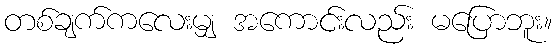
တစ်ချက်ကလေးမျှ အကောင်းလည်း မပြောဘူး။